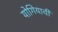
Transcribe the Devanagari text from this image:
योगियाची